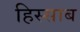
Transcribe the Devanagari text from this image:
हिस्साब